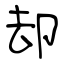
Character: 却